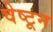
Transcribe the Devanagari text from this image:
वेष्टून